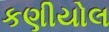
કણીયોલ